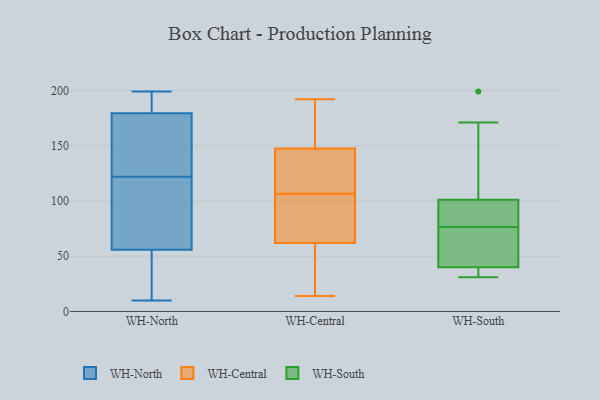
{"axis": {"x": "Population (Million)", "y": "Value"}, "legend": ["WH-Central", "WH-North", "WH-South"], "data": [{"x": "", "y": 77, "type": "WH-North"}, {"x": "", "y": 188, "type": "WH-North"}, {"x": "", "y": 10, "type": "WH-North"}, {"x": "", "y": 188, "type": "WH-North"}, {"x": "", "y": 146, "type": "WH-North"}, {"x": "", "y": 169, "type": "WH-North"}, {"x": "", "y": 167, "type": "WH-North"}, {"x": "", "y": 13, "type": "WH-North"}, {"x": "", "y": 59, "type": "WH-North"}, {"x": "", "y": 122, "type": "WH-North"}, {"x": "", "y": 74, "type": "WH-North"}, {"x": "", "y": 177, "type": "WH-North"}, {"x": "", "y": 115, "type": "WH-North"}, {"x": "", "y": 15, "type": "WH-North"}, {"x": "", "y": 46, "type": "WH-North"}, {"x": "", "y": 199, "type": "WH-North"}, {"x": "", "y": 187, "type": "WH-North"}, {"x": "", "y": 17, "type": "WH-Central"}, {"x": "", "y": 169, "type": "WH-Central"}, {"x": "", "y": 101, "type": "WH-Central"}, {"x": "", "y": 112, "type": "WH-Central"}, {"x": "", "y": 35, "type": "WH-Central"}, {"x": "", "y": 89, "type": "WH-Central"}, {"x": "", "y": 118, "type": "WH-Central"}, {"x": "", "y": 153, "type": "WH-Central"}, {"x": "", "y": 61, "type": "WH-Central"}, {"x": "", "y": 132, "type": "WH-Central"}, {"x": "", "y": 14, "type": "WH-Central"}, {"x": "", "y": 145, "type": "WH-Central"}, {"x": "", "y": 77, "type": "WH-Central"}, {"x": "", "y": 120, "type": "WH-Central"}, {"x": "", "y": 72, "type": "WH-Central"}, {"x": "", "y": 157, "type": "WH-Central"}, {"x": "", "y": 150, "type": "WH-Central"}, {"x": "", "y": 63, "type": "WH-Central"}, {"x": "", "y": 25, "type": "WH-Central"}, {"x": "", "y": 192, "type": "WH-Central"}, {"x": "", "y": 62, "type": "WH-South"}, {"x": "", "y": 31, "type": "WH-South"}, {"x": "", "y": 79, "type": "WH-South"}, {"x": "", "y": 40, "type": "WH-South"}, {"x": "", "y": 35, "type": "WH-South"}, {"x": "", "y": 35, "type": "WH-South"}, {"x": "", "y": 101, "type": "WH-South"}, {"x": "", "y": 88, "type": "WH-South"}, {"x": "", "y": 91, "type": "WH-South"}, {"x": "", "y": 79, "type": "WH-South"}, {"x": "", "y": 63, "type": "WH-South"}, {"x": "", "y": 156, "type": "WH-South"}, {"x": "", "y": 141, "type": "WH-South"}, {"x": "", "y": 74, "type": "WH-South"}, {"x": "", "y": 33, "type": "WH-South"}, {"x": "", "y": 54, "type": "WH-South"}, {"x": "", "y": 199, "type": "WH-South"}, {"x": "", "y": 171, "type": "WH-South"}]}